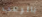
بالرعب